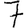
Digit: 7